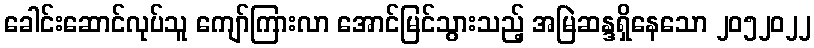
ခေါင်းဆောင်လုပ်သူ ကျော်ကြားလာ အောင်မြင်သွားသည့် အမြဲဆန္ဒရှိနေသော ၂၀၅၂၀၂၂